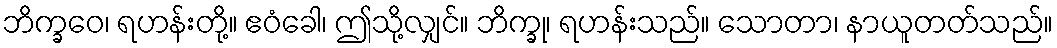
ဘိက္ခဝေ၊ ရဟန်းတို့။ ဧဝံခေါ၊ ဤသို့လျှင်။ ဘိက္ခု၊ ရဟန်းသည်။ သောတာ၊ နာယူတတ်သည်။